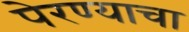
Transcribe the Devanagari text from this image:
पेरण्याचा